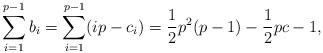
LaTeX: \begin{align*} \sum_{i = 1}^{p - 1} b_i = \sum_{i = 1}^{p - 1} (ip - c_i) = \frac{1}{2}p^2(p - 1) - \frac{1}{2}pc - 1, \end{align*}